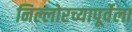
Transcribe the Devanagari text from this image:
निल्लोरच्यापूर्वेला